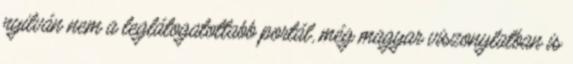
nyilván nem a leglátogatottabb portál, még magyar viszonylatban is